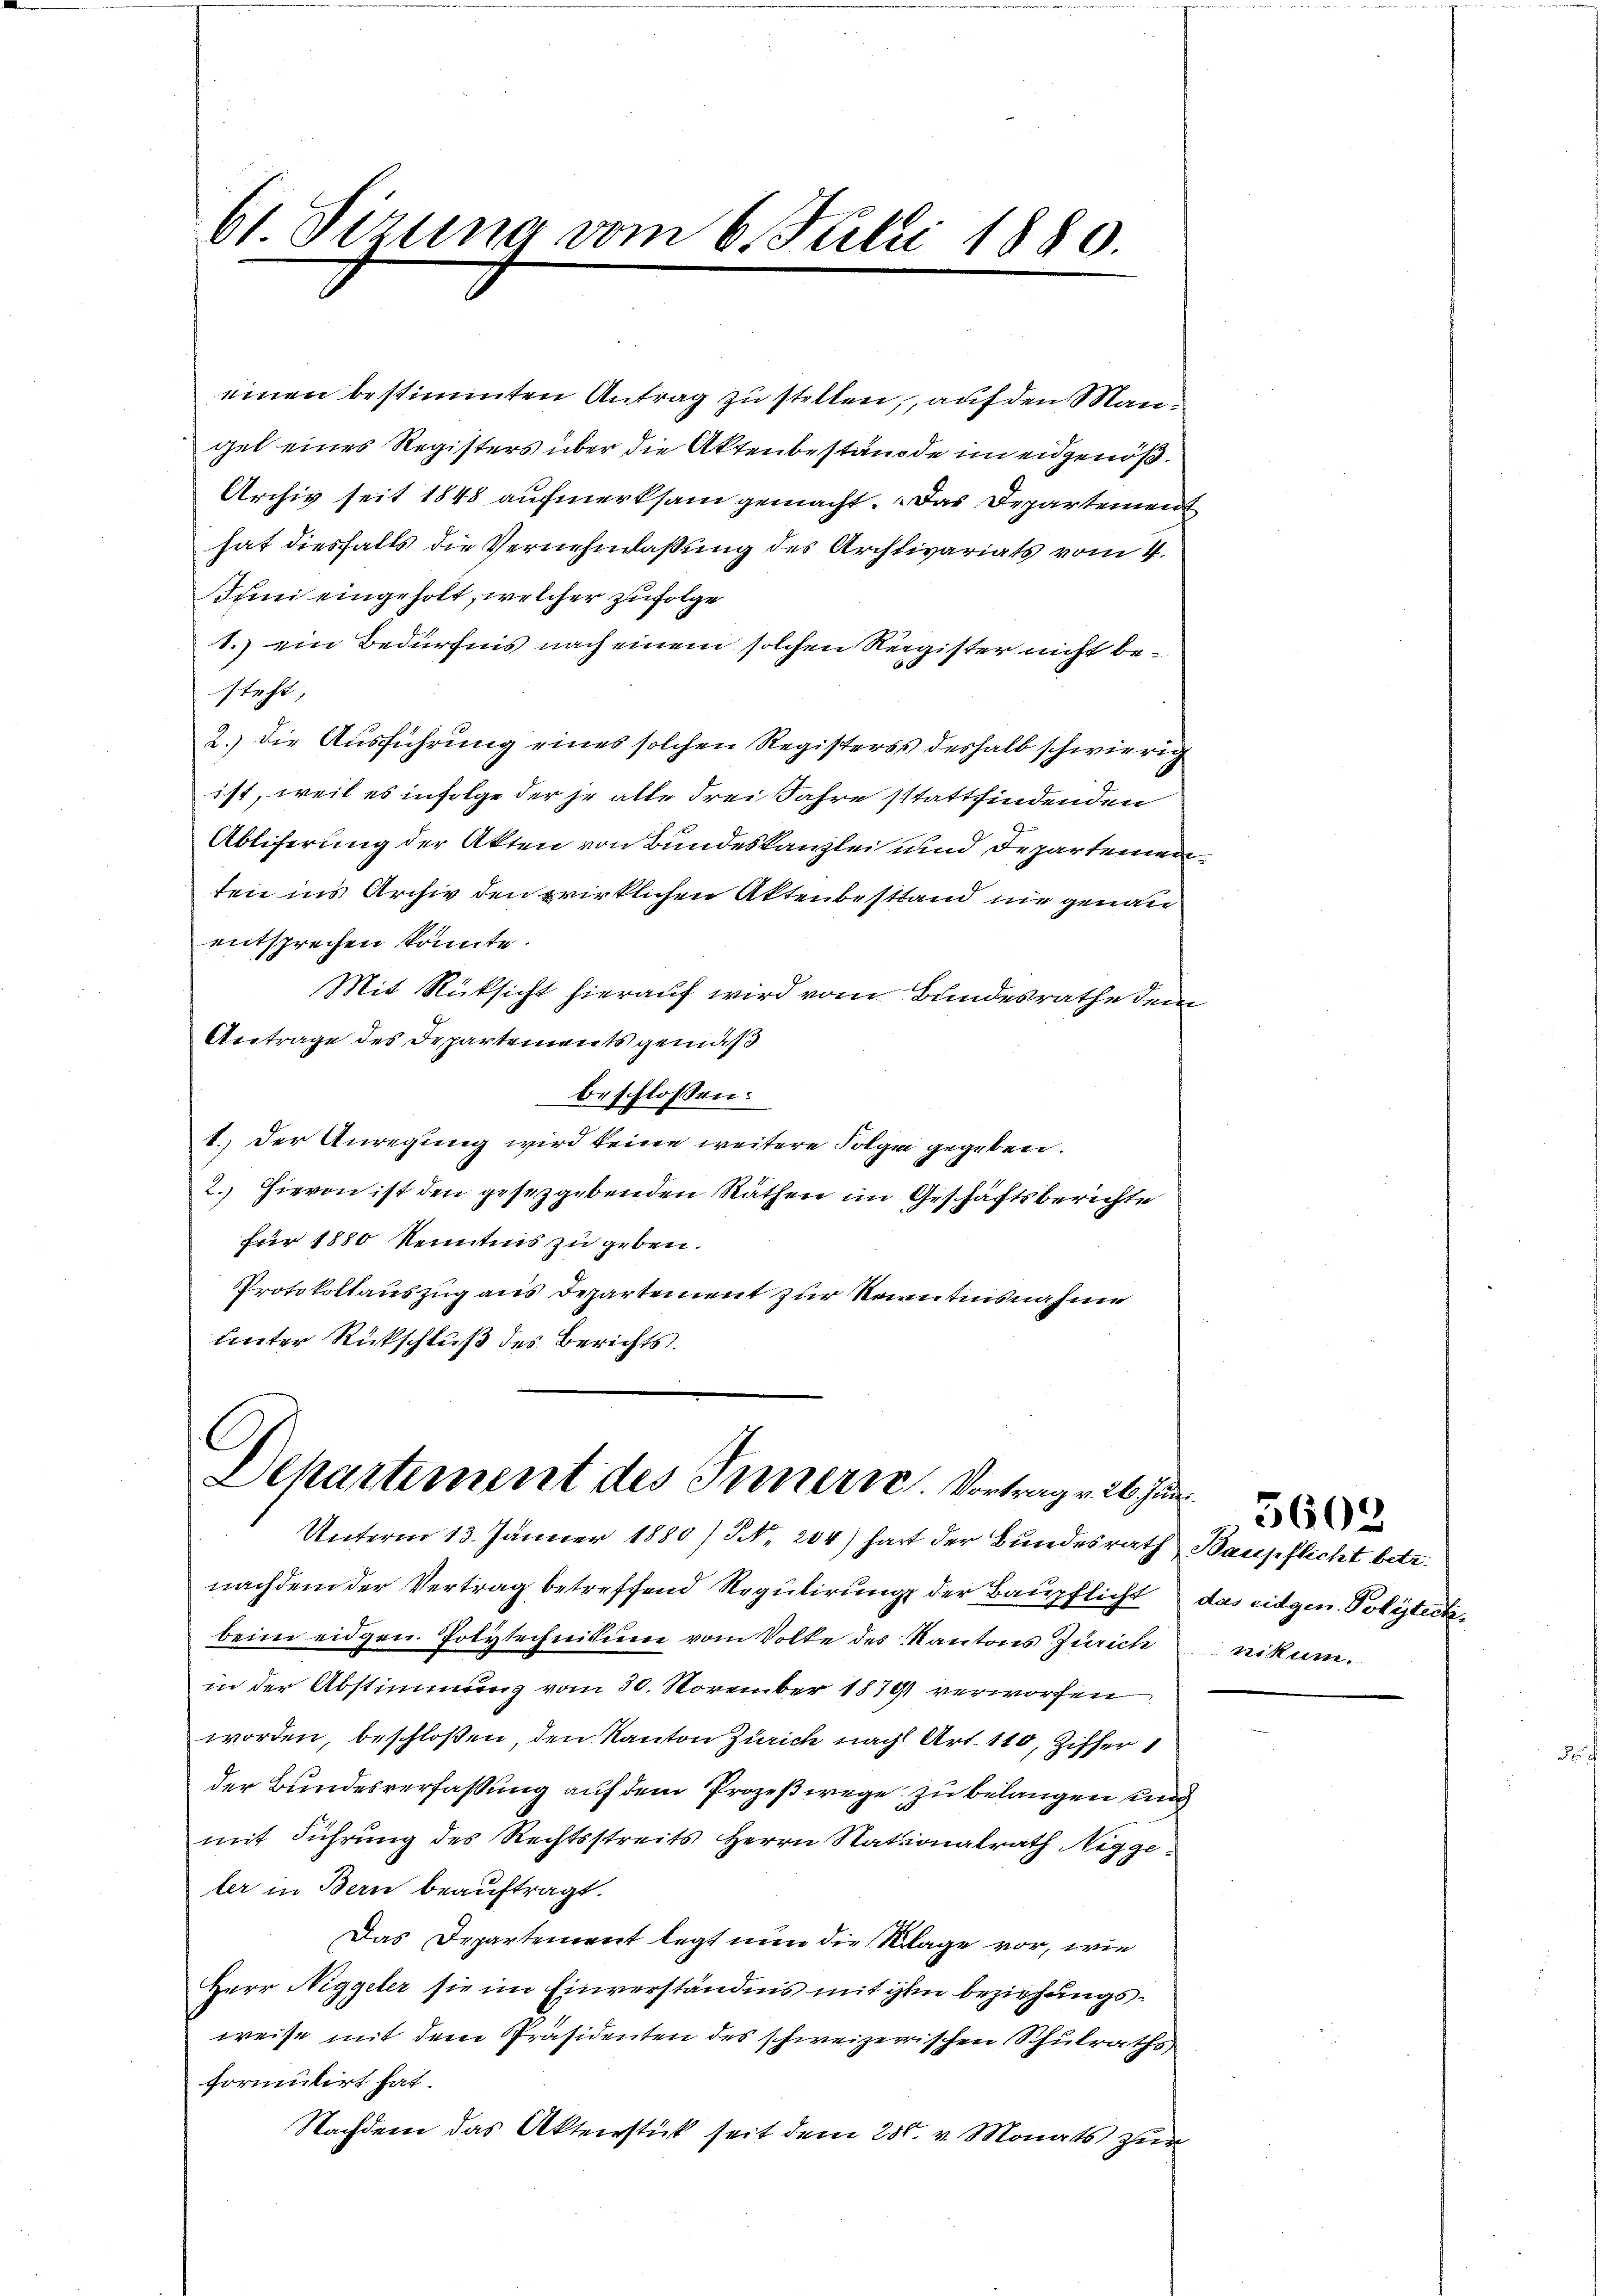
61 Sizung vom 6. Julii 1880.

einen bestimmten Antrag zu stellen, auf den Mangel eines Registers über die Aktenbestände im eidgenöß¬
Archiv seit 1848 aufmerksam gemacht. Das Departement
hat diesfalls die Vernehmlassung des Archivariats vom 4.
Juni eingeholt, welcher zufolge
1.) ein Bedürfnis nach einem solchen Register nicht besteht,
2.) Die Ausführung eines solchen Registers deshalb schwierig
ist, weil es infolge der je alle drei Jahre stattfindenden
Abliferung der Akten von Bundeskanzlei und Departemen
ten ins Archiv den zwirklichen Aktenbestand nie genau
entsprechen könnte.
Mit Rücksicht hierauf wird vom Bundesrathe dem
Antrage des Departements gemäß
beschlossen:
1. Der Anregung wird keine weitere Folge gegeben.
2. Hievon ist den gesetzgebenden Räthen im Geschäftsberichte
für 1880 Kenntnis zu geben.
Protokollauszug aus Departement zur Kenntnisnahme
unter Rückschluß des Berichts.

C
Departement des Innern. Vortrage ab zur

Unterm 13. Jänner 1880/ NNo. 204) hat der Bundesrath Baupflicht betr.
nachdem der Vertrag betreffend Regulirung der Baupflicht das eidgen. Politick,
bein eidgen. Polytechnitione vom Volke des Kantons Zürich nikum.
in der Abstimmung vom 30. November 1879 verworfen
worden, beschloßen, den Kanton Zürich nach Art. 110, Ziffer
der Bundesverfassung auf dem Prozeßwege zu belangen und
mit Führung des Rechtsstreits Herrn Stationalrath Niggeler in Bern beauftragt.
Das Departement legt nun die Klage vor, wie
Herr Niggeler sie im Einverständnis mit ihm beziehungsweise mit dem Präsidenten des schweizerischen Schulraths
formulirt hat.
Nachdem das Aktenstück seit dem 25. v. Monats zur